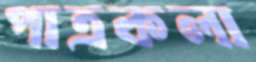
পাত্রকলা